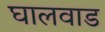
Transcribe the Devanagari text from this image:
घालवाड